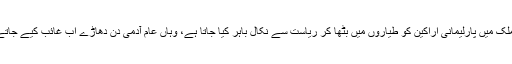
جس ملک میں پارلیمانی اراکین کو طیاروں میں بٹھا کر ریاست سے نکال باہر کیا جاتا ہے، وہاں عام آدمی دن دھاڑے اب غائب کیے جاتے ہیں۔